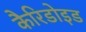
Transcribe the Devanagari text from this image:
कैरिडोइड